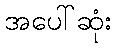
အပေါ်ဆုံး